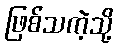
ဖြစ်သကဲ့သို့